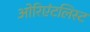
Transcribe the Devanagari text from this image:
ओरिएंटलिस्ट